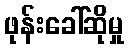
ဖုန်းခေါ်ဆိုမှု